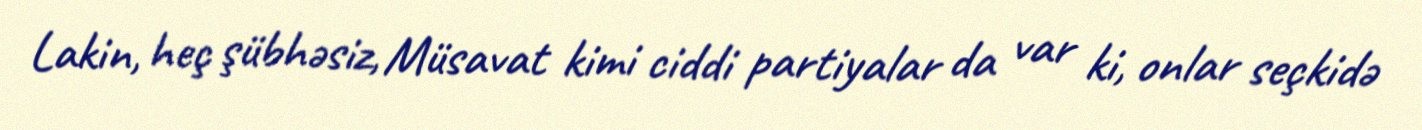
Lakin, heç şübhəsiz, Müsavat kimi ciddi partiyalar da var ki, onlar seçkidə